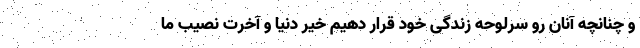
و چنانچه آنان رو سرلوحه زندگی خود قرار دهیم خیر دنیا و آخرت نصیب ما